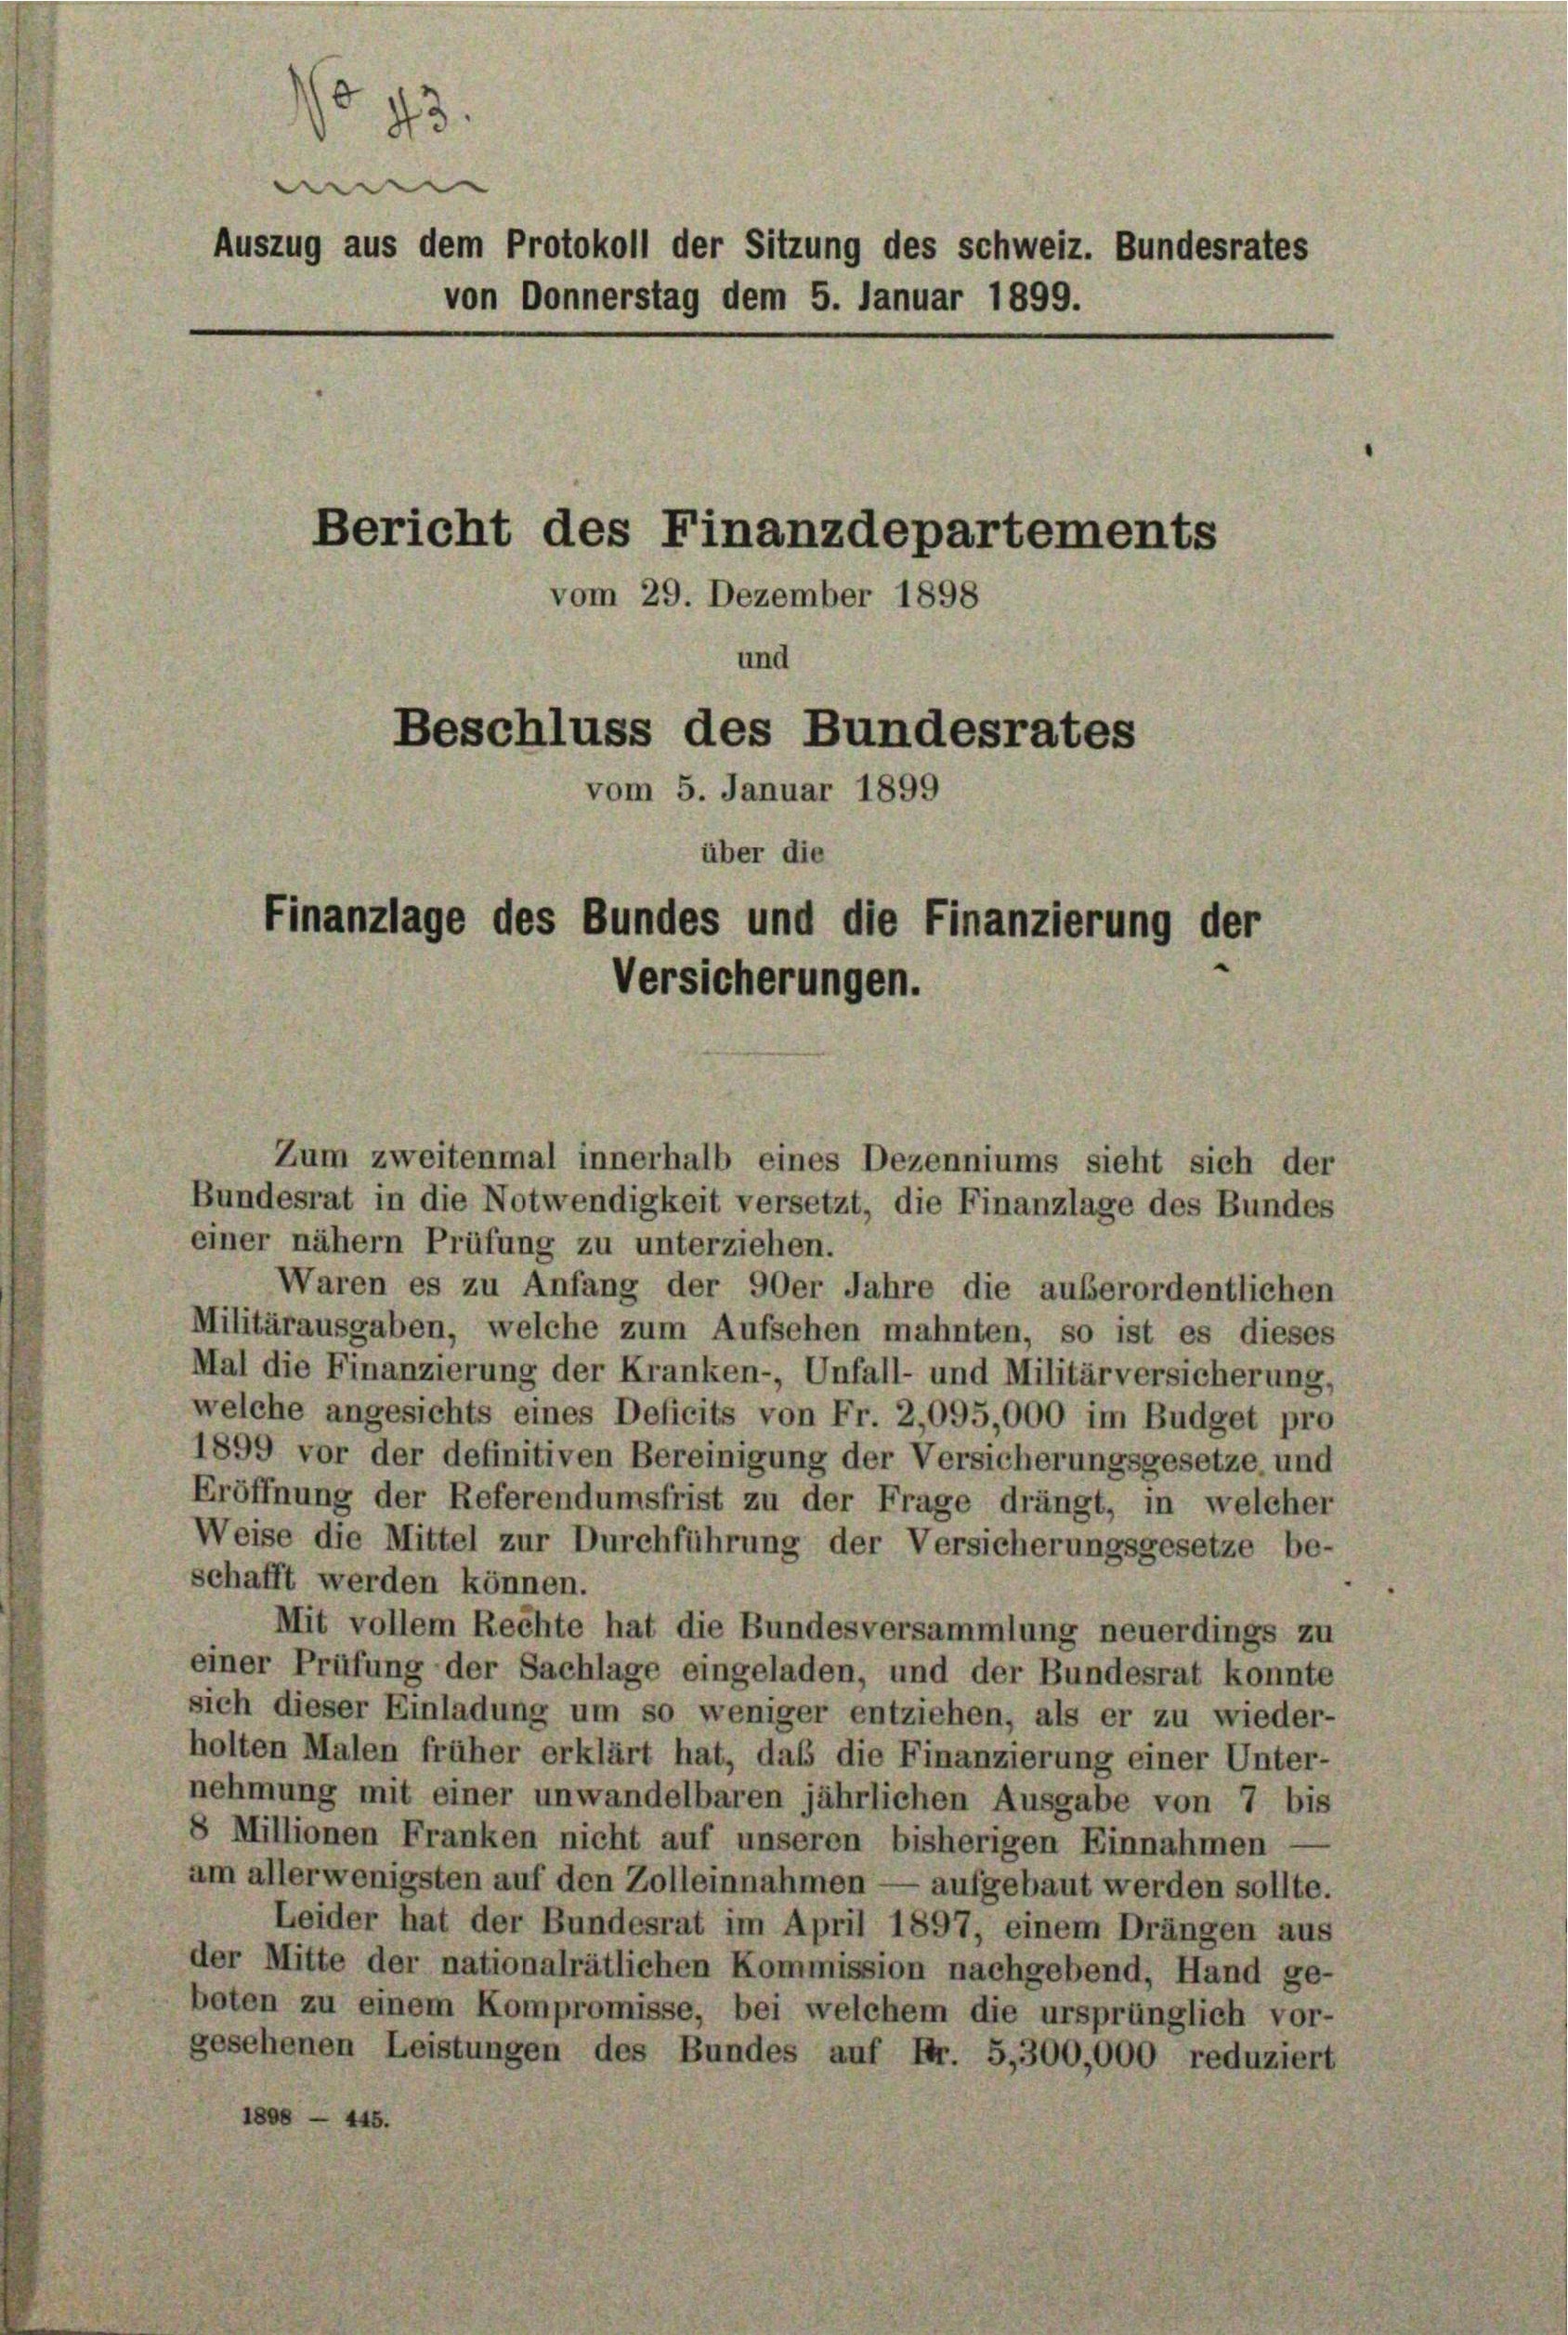
Zum zweitenmal innerhalb eines Dezenniums sieht sich der
Bundesrat in die Notwendigkeit versetzt, die Finanzlage des Bundes
einer nähern Prüfung zu unterziehen.
Waren es zu Anfang der 90er Jahre die außerordentlichen
Militärausgaben, welche zum Aufsehen mahnten, so ist es dieses
Mal die Finanzierung der Kranken-, Unfall- und Militärversicherung,
welche angesichts eines Deficits von Fr. 2,095,000 im Budget pro
1899 vor der definitiven Bereinigung der Versicherungsgesetze und
Eröffnung der Referendumsfrist zu der Frage drängt, in welcher
Weise die Mittel zur Durchführung der Versicherungsgesetze be-
schafft werden können.
Mit vollem Rechte hat die Bundesversammlung neuerdings zu
einer Prüfung der Sachlage eingeladen, und der Bundesrat konnte
sich dieser Einladung um so weniger entziehen, als er zu wieder-
holten Malen früher erklärt hat, daß die Finanzierung einer Unter-
nehmung mit einer unwandelbaren jährlichen Ausgabe von 7 bis
8 Millionen Franken nicht auf unseren bisherigen Einnahmen
am allerwenigsten auf den Zolleinnahmen — aufgebaut werden sollte.
Leider hat der Bundesrat im April 1897, einem Drängen aus
der Mitte der nationalrätlichen Kommission nachgebend, Hand ge-
boten zu einem Kompromisse, bei welchem die ursprünglich vor-
gesehenen Leistungen des Bundes auf Fr. 5,300,000 reduziert
1808 — 445.

o 43.
men
Auszug aus dem Protokoll der Sitzung des Schweiz. Bundesrates
von Donnerstag dem 5. Januar 1899.

Bericht des Finanzdepartements
Beschluss des Bundesrates
vom 5. Januar 1899

über die
Finanzlage des Bundes und die Finanzierung der
Versicherungen.

vom 29. Dezember 1898
und